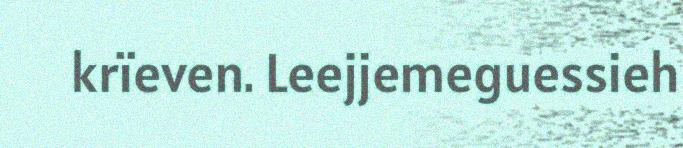
krïeven. Leejjemeguessieh